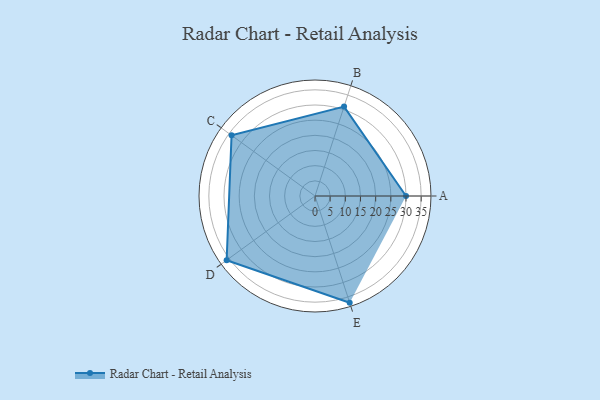
{"axis": {"x": "Skill", "y": "Score"}, "legend": ["Profile"], "data": [{"x": "A", "y": 30.0, "type": "Profile"}, {"x": "B", "y": 31.0, "type": "Profile"}, {"x": "C", "y": 34.0, "type": "Profile"}, {"x": "D", "y": 36.0, "type": "Profile"}, {"x": "E", "y": 37.0, "type": "Profile"}]}